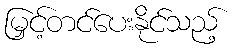
မြှင့်တင်ပေးနိုင်သည့်